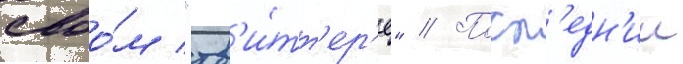
своо́м "тв'и́тт'ер'е" // Посл'едн'ии